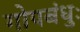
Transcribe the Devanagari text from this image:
गोपबंधुः